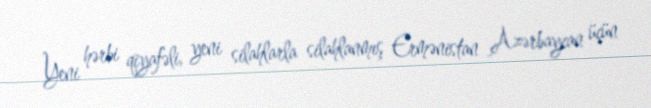
Yeni hərbi qiyafəli, yeni silahlarla silahlanmış Ermənistan Azərbaycan üçün